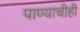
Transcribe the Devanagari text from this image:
पाण्याचीही